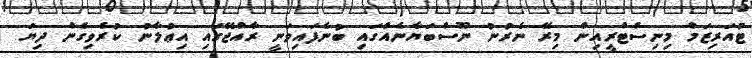
ޓުއަރިޒަމް މިނިސްޓްރީއިން މިރޭ ނެރުނު ނޫސްބަޔާނެއްގައި ބުނެފައިވަނީ ރާއްޖޭގައި އިޢުލާނު ކުރެވިގެން ދިޔަ